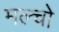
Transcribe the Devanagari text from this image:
मल्चो